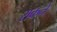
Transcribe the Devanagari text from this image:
राकने